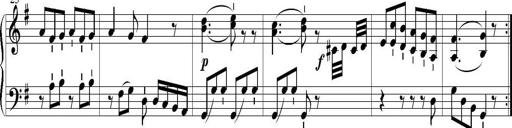
Title: 6 Leichte Sonatinen, Teil 1
Composer: F. Sigismund Sander